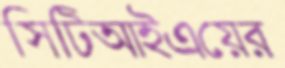
সিটিআইএয়ের